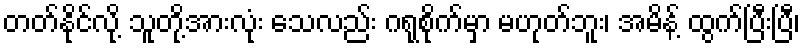
တတ်နိုင်လို့ သူတို့အားလုံး သေလည်း ဂရုစိုက်မှာ မဟုတ်ဘူး၊ အမိန့် ထွက်ပြီးပြီ၊